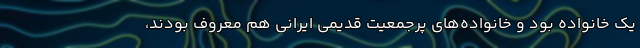
یک خانواده بود و خانواده‌های پرجمعیت قدیمی ایرانی هم معروف بودند،